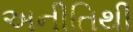
અનીતિથી